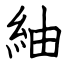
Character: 紬